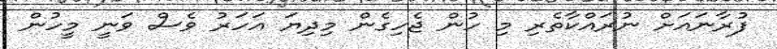
ފުރާނައަށް ނުރައްކާތެރި މި ހުން ޖެހިގެން މިދިޔަ އަހަރު ވެސް ވަނީ މީހުން